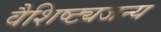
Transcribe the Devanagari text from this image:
वैशिष्ट्यजन्य